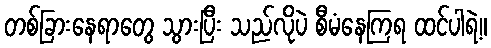
တစ်ခြားနေရာတွေ သွားပြီး သည်လိုပဲ စီမံနေကြရ ထင်ပါရဲ့။